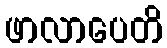
ဖာလာပေတိ